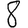
Digit: 8